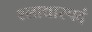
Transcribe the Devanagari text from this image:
श्लाद्यास्पदं